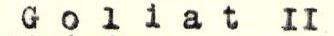
Goljat II